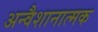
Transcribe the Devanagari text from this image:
अन्वैशानात्मक